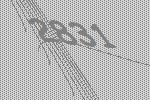
2831